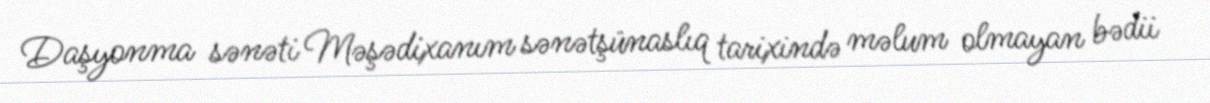
Daşyonma sənəti Məşədixanım sənətşünaslıq tarixində məlum olmayan bədii